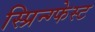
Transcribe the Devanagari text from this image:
स्प्रिन्ग्फेस्ट